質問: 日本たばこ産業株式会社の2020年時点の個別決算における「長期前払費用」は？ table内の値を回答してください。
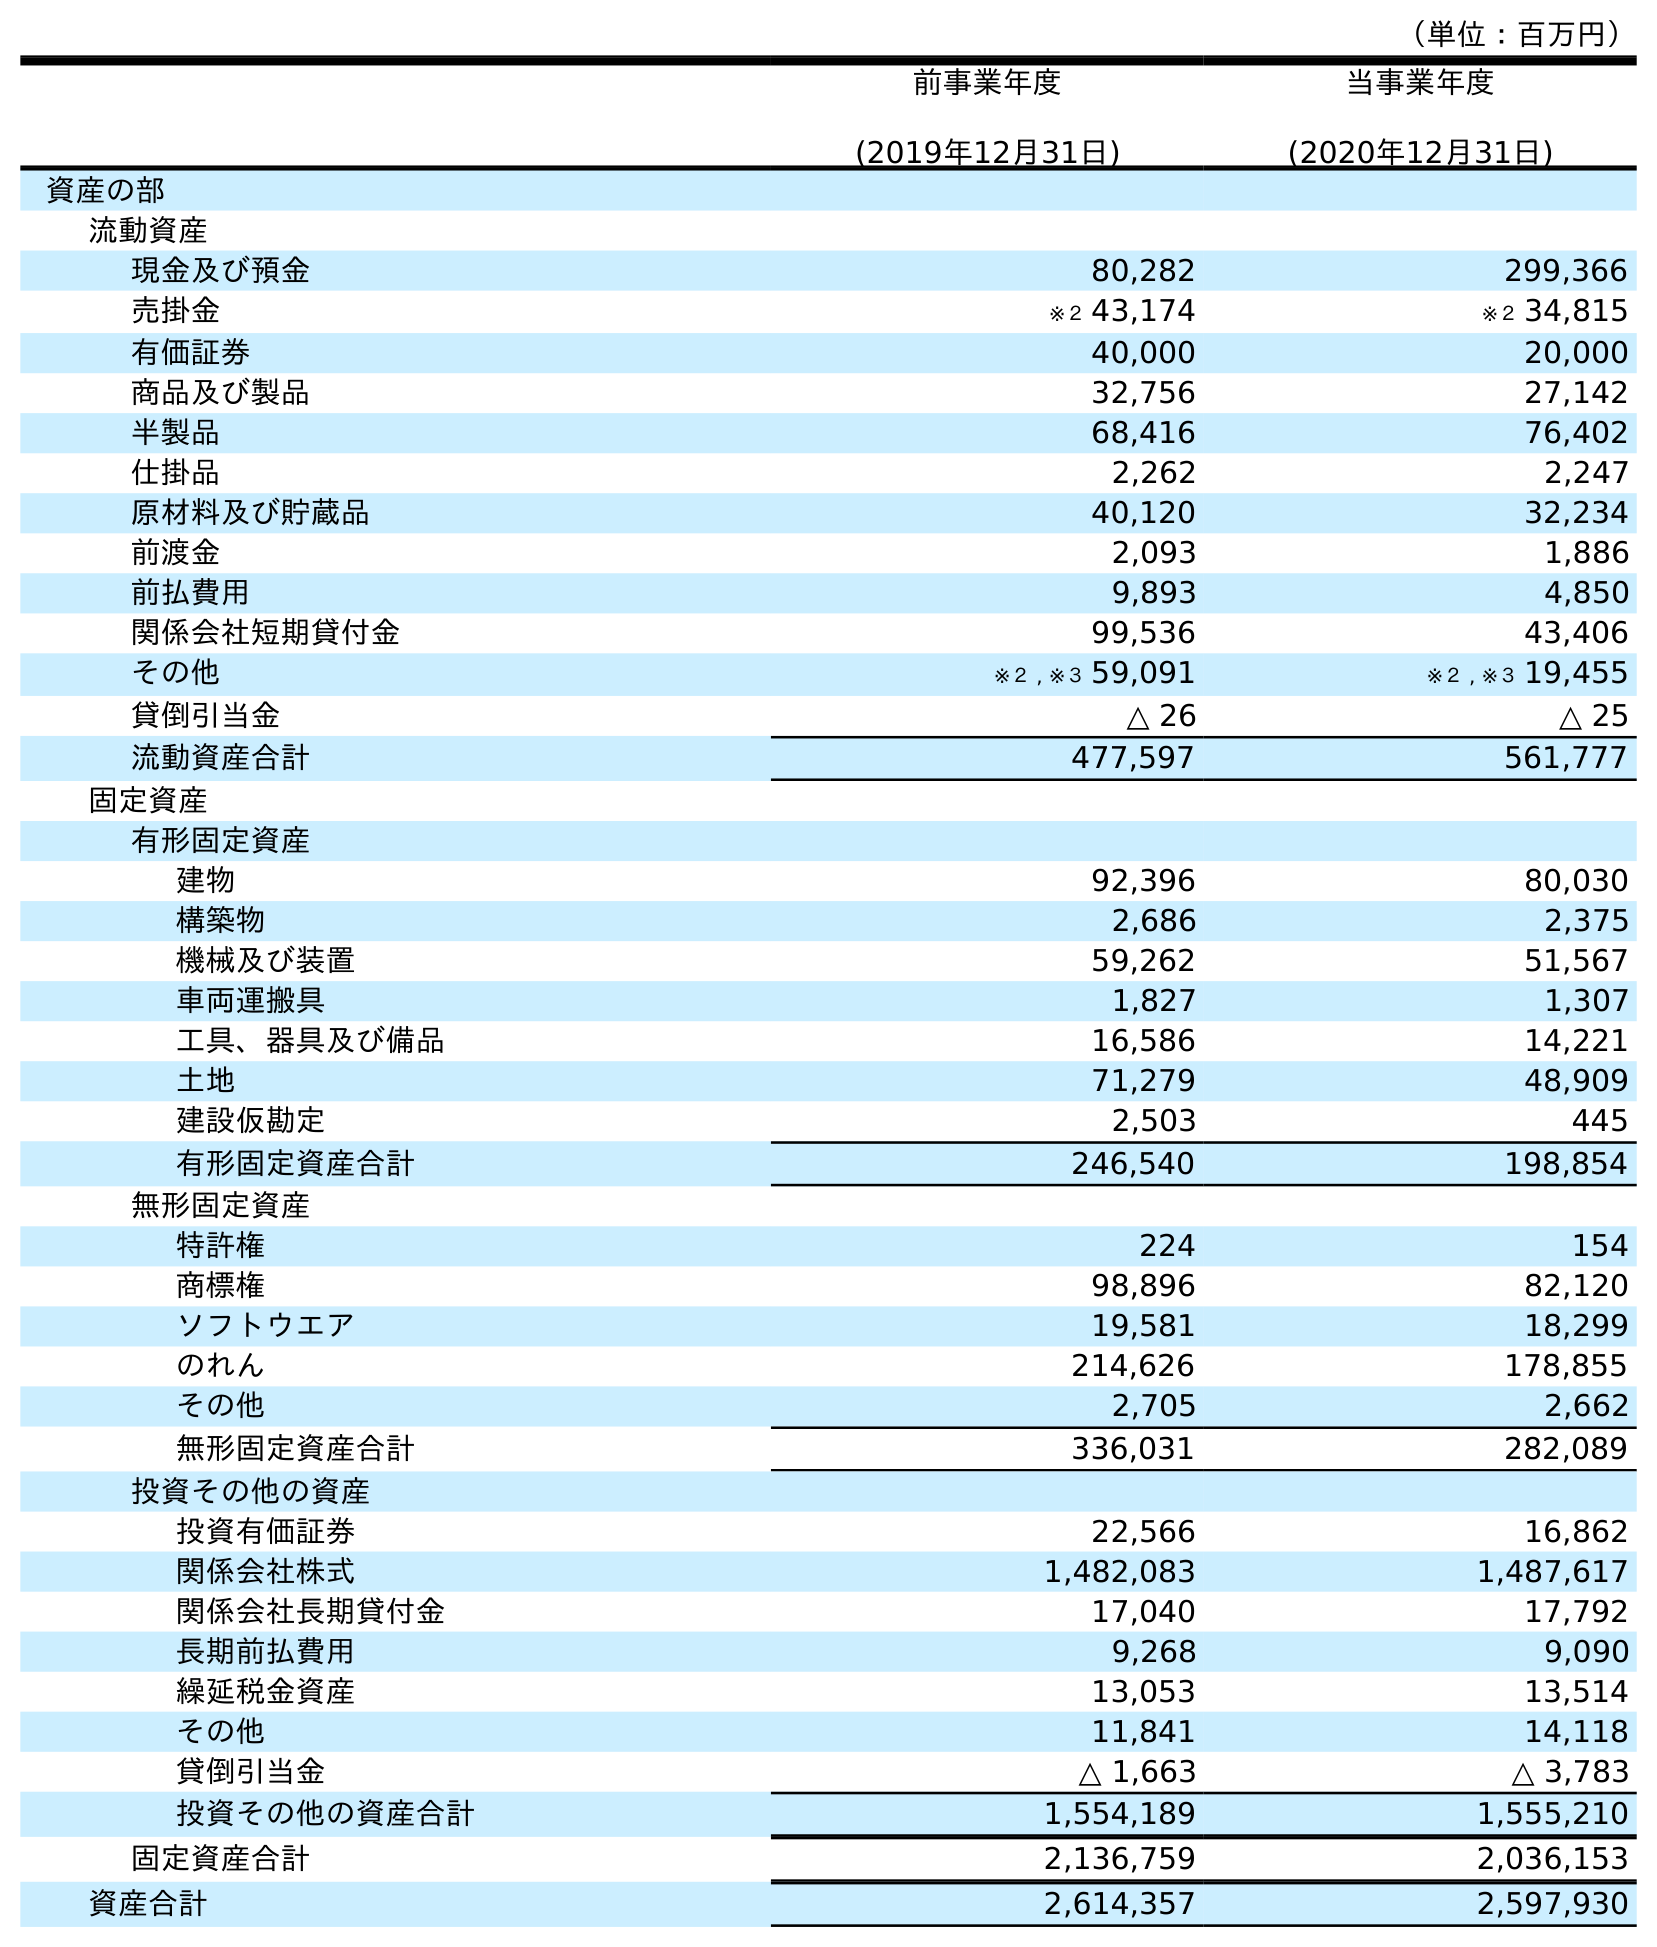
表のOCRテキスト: （単位：百万円） 前事業年度 (2019年12月31日) 当事業年度 (2020年12月31日) 資産の部 流動資産 現金及び預金 80,282 299,366 売掛金 ※２ 43,174 ※２ 34,815 有価証券 40,000 20,000 商品及び製品 32,756 27,142 半製品 68,416 76,402 仕掛品 2,262 2,247 原材料及び貯蔵品 40,120 32,234 前渡金 2,093 1,886 前払費用 9,893 4,850 関係会社短期貸付金 99,536 43,406 その他 ※２ , ※３ 59,091 ※２ , ※３ 19,455 貸倒引当金 △ 26 △ 25 流動資産合計 477,597 561,777 固定資産 有形固定資産 建物 92,396 80,030 構築物 2,686 2,375 機械及び装置 59,262 51,567 車両運搬具 1,827 1,307 工具、器具及び備品 16,586 14,221 土地 71,279 48,909 建設仮勘定 2,503 445 有形固定資産合計 246,540 198,854 無形固定資産 特許権 224 154 商標権 98,896 82,120 ソフトウエア 19,581 18,299 のれん 214,626 178,855 その他 2,705 2,662 無形固定資産合計 336,031 282,089 投資その他の資産 投資有価証券 22,566 16,862 関係会社株式 1,482,083 1,487,617 関係会社長期貸付金 17,040 17,792 長期前払費用 9,268 9,090 繰延税金資産 13,053 13,514 その他 11,841 14,118 貸倒引当金 △ 1,663 △ 3,783 投資その他の資産合計 1,554,189 1,555,210 固定資産合計 2,136,759 2,036,153 資産合計 2,614,357 2,597,930
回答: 9,090